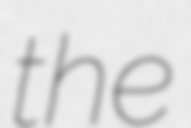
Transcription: the